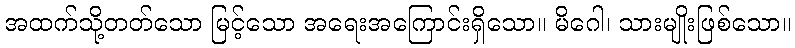
အထက်သို့တတ်သော မြင့်သော အရေးအကြောင်းရှိသော။ မိဂေါ၊ သားမျိုးဖြစ်သော။